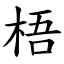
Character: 梧